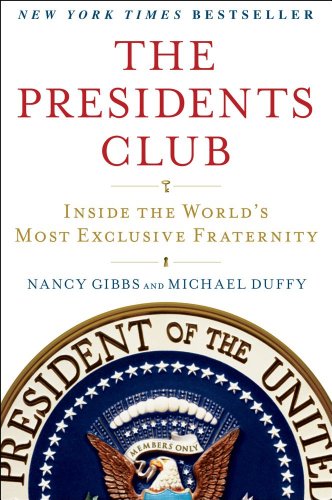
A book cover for The Presidents Club: Inside the World's Most Exclusive Fraternity; Nancy Gibbs; Biographies & Memoirs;